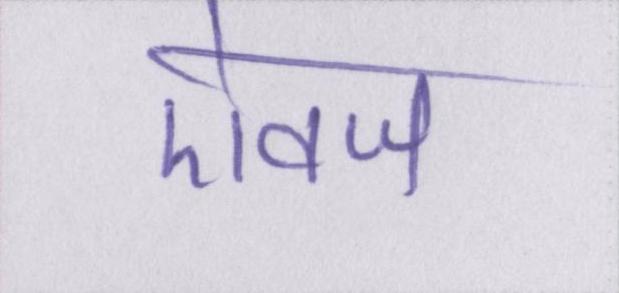
ऐवज